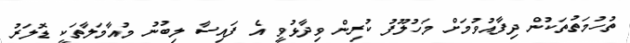
ތުހުމަތުތަކުން ދިފާއުވުމަށް މަހުލޫފު ކުރިން ވިދާޅުވީ އެ ފައިސާ ލިބުނު މުއާމަލާތަކީ ޑޮލަރު